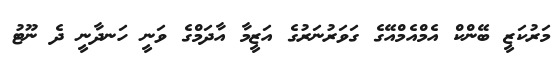
މަރުކަޒީ ބޭންކް އެމްއެމްއޭގެ ގަވަރުނަރުގެ އަޒީމާ އާދަމްގެ ވަނީ ހަނދާނީ ދެ ނޫޓު